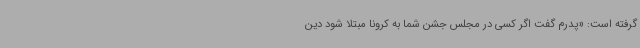
گرفته است: «پدرم گفت اگر کسی در مجلس جشن شما به کرونا مبتلا شود دین